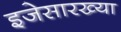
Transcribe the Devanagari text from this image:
इजेसारख्या